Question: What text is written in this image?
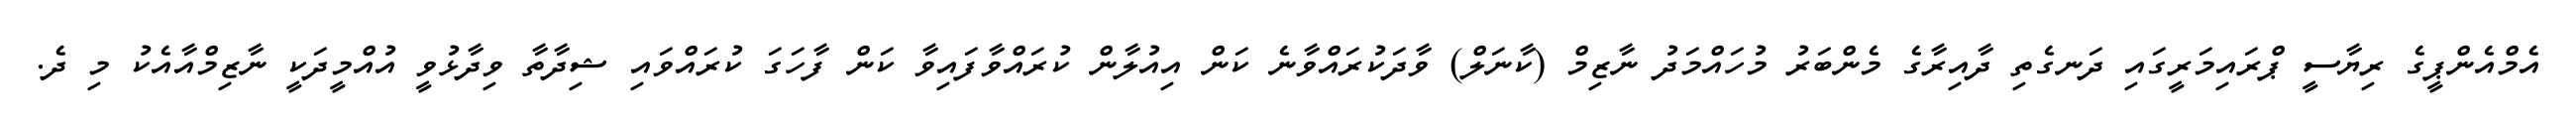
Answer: އެމްއެންޕީގެ ރިޔާސީ ޕްރައިމަރީގައި ދަނގެތި ދާއިރާގެ މެންބަރު މުހައްމަދު ނާޒިމް (ކާނަލް) ވާދަކުރައްވާނެ ކަން އިއުލާން ކުރައްވާފައިވާ ކަން ފާހަގަ ކުރައްވައި ޝިދާތާ ވިދާޅުވީ އުއްމީދަކީ ނާޒިމްއާއެކު މި ދެ.